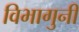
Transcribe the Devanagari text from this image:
विभागुनी